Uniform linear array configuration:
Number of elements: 4
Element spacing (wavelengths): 0.25
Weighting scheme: exponential
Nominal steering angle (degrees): -45
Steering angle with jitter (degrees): -45.903
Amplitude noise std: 0.05
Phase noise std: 0.05

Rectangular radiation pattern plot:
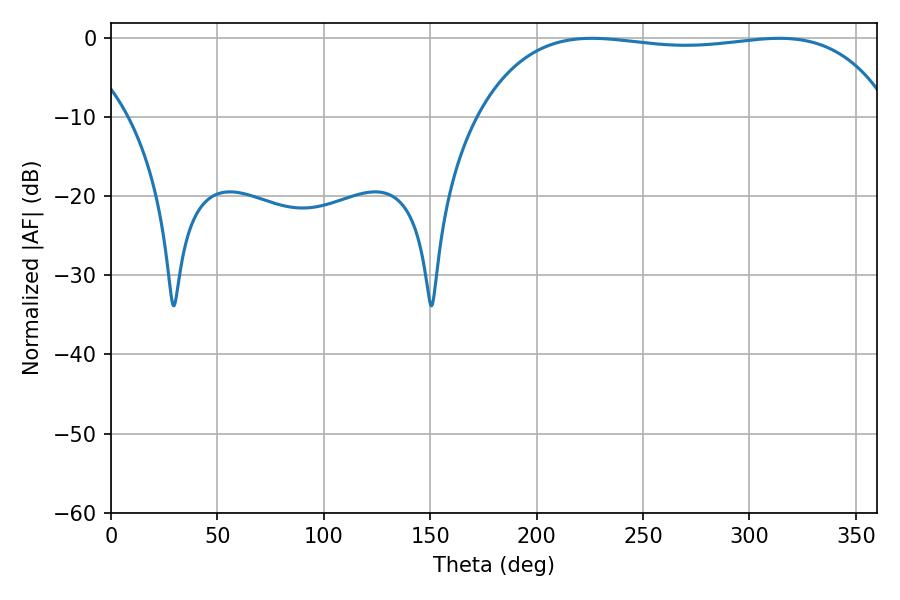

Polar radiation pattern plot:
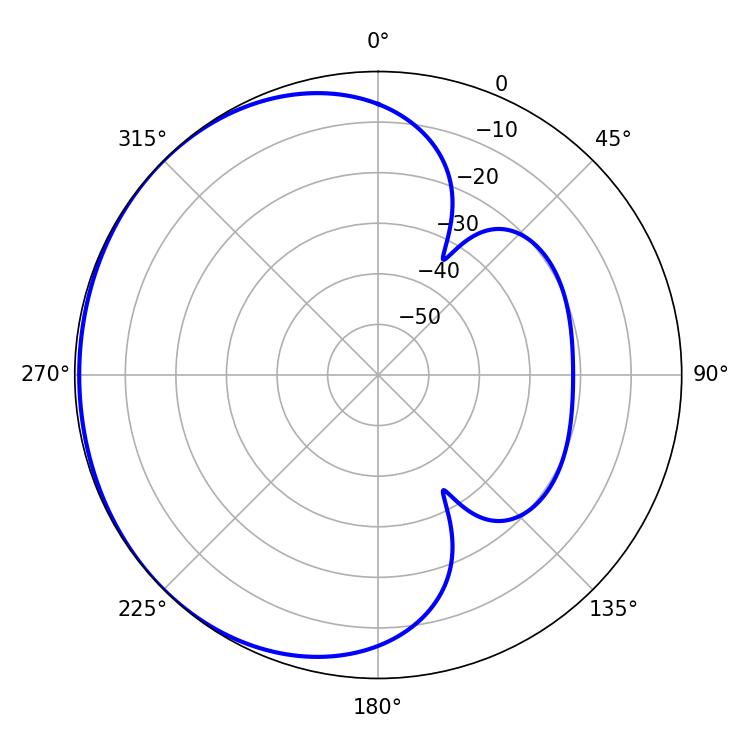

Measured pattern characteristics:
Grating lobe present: FALSE
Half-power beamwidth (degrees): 155.52
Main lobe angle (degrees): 225.9